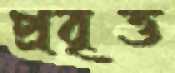
প্রবৃত্ত